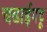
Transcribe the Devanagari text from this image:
चढाईपटू